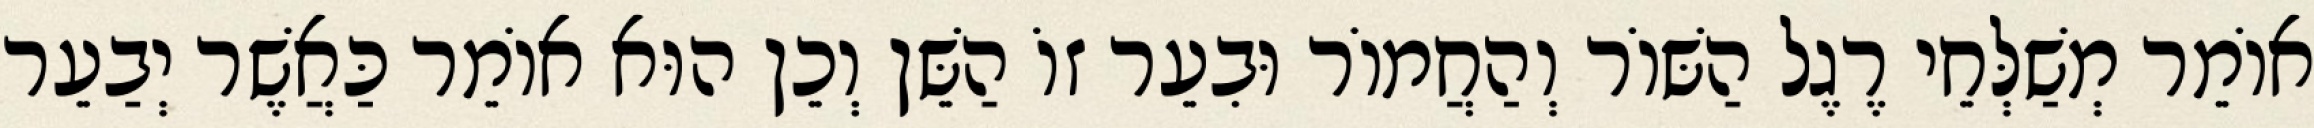
אוֹמֵר מְשַׁלְּחֵי רֶגֶל הַשּׁוֹר וְהַחֲמוֹר וּבִעֵר זוֹ הַשֵּׁן וְכֵן הוּא אוֹמֵר כַּאֲשֶׁר יְבַעֵר